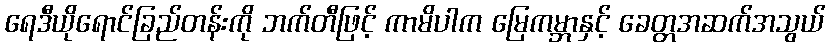
ရေဒီယိုရောင်ခြည်တန်းကို ဘက်တီဖြင့် ကာမိပါက မြေကမ္ဘာနှင့် ခေတ္တအဆက်အသွယ်